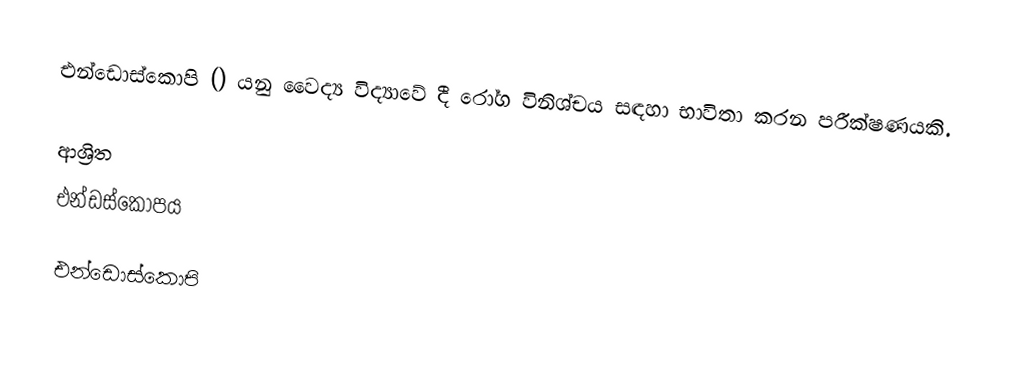
එන්ඩොස්කොපි () යනු වෛද්‍ය විද්‍යාවේ දී රෝග විනිශ්චය සඳහා භාවිතා කරන පරීක්ෂණයකි.

ආශ්‍රිත
 එන්ඩස්කෝපය

එන්ඩොස්කොපි